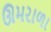
ઊમરાળા